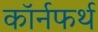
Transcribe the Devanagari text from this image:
कॉर्नफर्थ